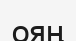
ояң